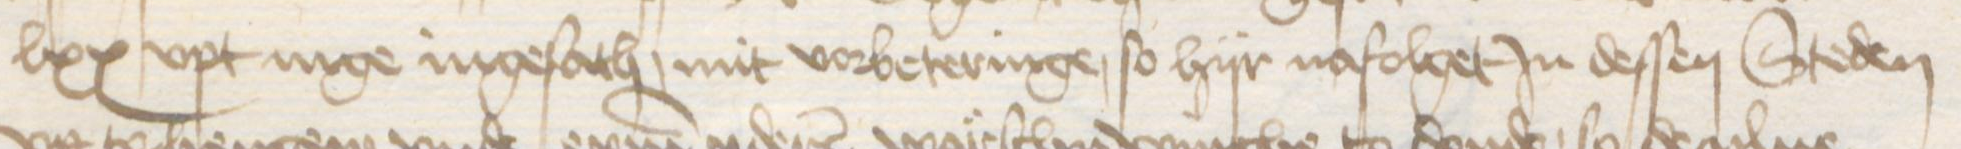
Transcription: lxx upt nige ingesath, mit vorbeteringe, so hijr nafolget in dessen Steden